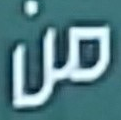
من